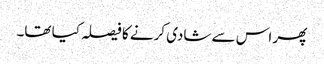
پھر اس سے شادی کرنے کا فیصلہ کیا تھا۔